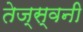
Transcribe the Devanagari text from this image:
तेज्स्वनी